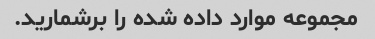
مجموعه موارد داده شده را برشمارید.